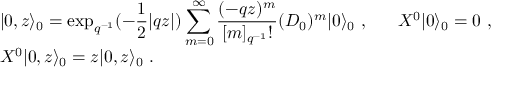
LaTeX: \begin{array} { l } { { \vert 0 , z \rangle _ { 0 } = \displaystyle \exp _ { q ^ { - 1 } } ( - \frac { 1 } { 2 } | q z | ) \sum _ { m = 0 } ^ { \infty } \frac { ( - q z ) ^ { m } } { [ m ] _ { q ^ { - 1 } } ! } ( { \cal D } _ { 0 } ) ^ { m } \vert 0 \rangle _ { 0 } ~ , ~ ~ ~ ~ ~ { \cal X } ^ { 0 } \vert 0 \rangle _ { 0 } = 0 ~ , } } \\ { { { \cal X } ^ { 0 } \vert 0 , z \rangle _ { 0 } = z \vert 0 , z \rangle _ { 0 } ~ . } } \end{array}